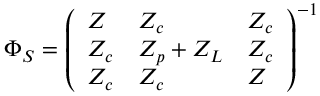
\Phi _ { S } = { \left( \begin{array} { l l l } { Z } & { Z _ { c } } & { Z _ { c } } \\ { Z _ { c } } & { Z _ { p } + Z _ { L } } & { Z _ { c } } \\ { Z _ { c } } & { Z _ { c } } & { Z } \end{array} \right) } ^ { - 1 }